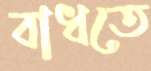
বাধতে